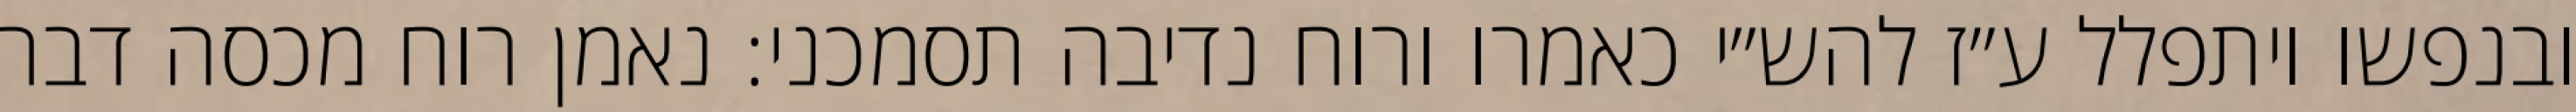
ובנפשו ויתפלל ע״ז להש״י כאמרו ורוח נדיבה תסמכני: נאמן רוח מכסה דבר